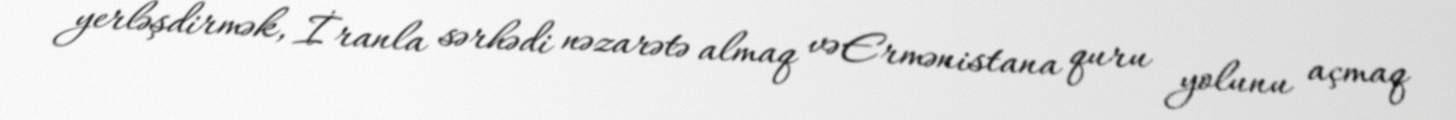
yerləşdirmək, İranla sərhədi nəzarətə almaq və Ermənistana quru yolunu açmaq